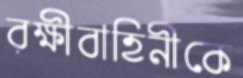
রক্ষীবাহিনীকে